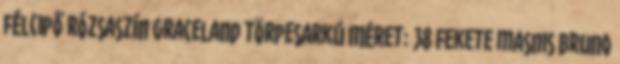
félcipő Rózsaszín Graceland törpesarkú Méret: 38 Fekete masnis Bruno